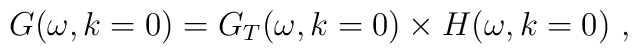
G(\omega ,k=0)=G_{T}(\omega ,k=0)\times H(\omega ,k=0)\ ,